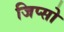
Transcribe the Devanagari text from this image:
जिप्सो